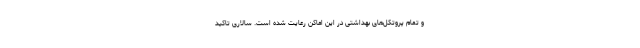
و تمام پروتکل‌های بهداشتی در این اماکن رعایت شده است. سالاری تاکید